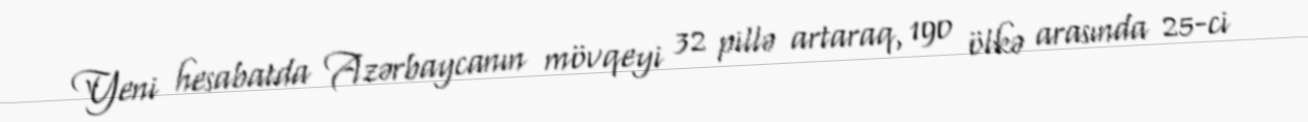
Yeni hesabatda Azərbaycanın mövqeyi 32 pillə artaraq, 190 ölkə arasında 25-ci